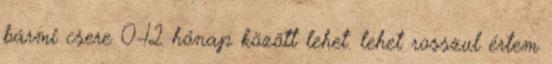
bármi csere 0-12 hónap között lehet. lehet rosszul értem